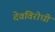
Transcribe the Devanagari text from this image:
देवविरोधी